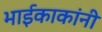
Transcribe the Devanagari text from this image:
भाईकाकांनी